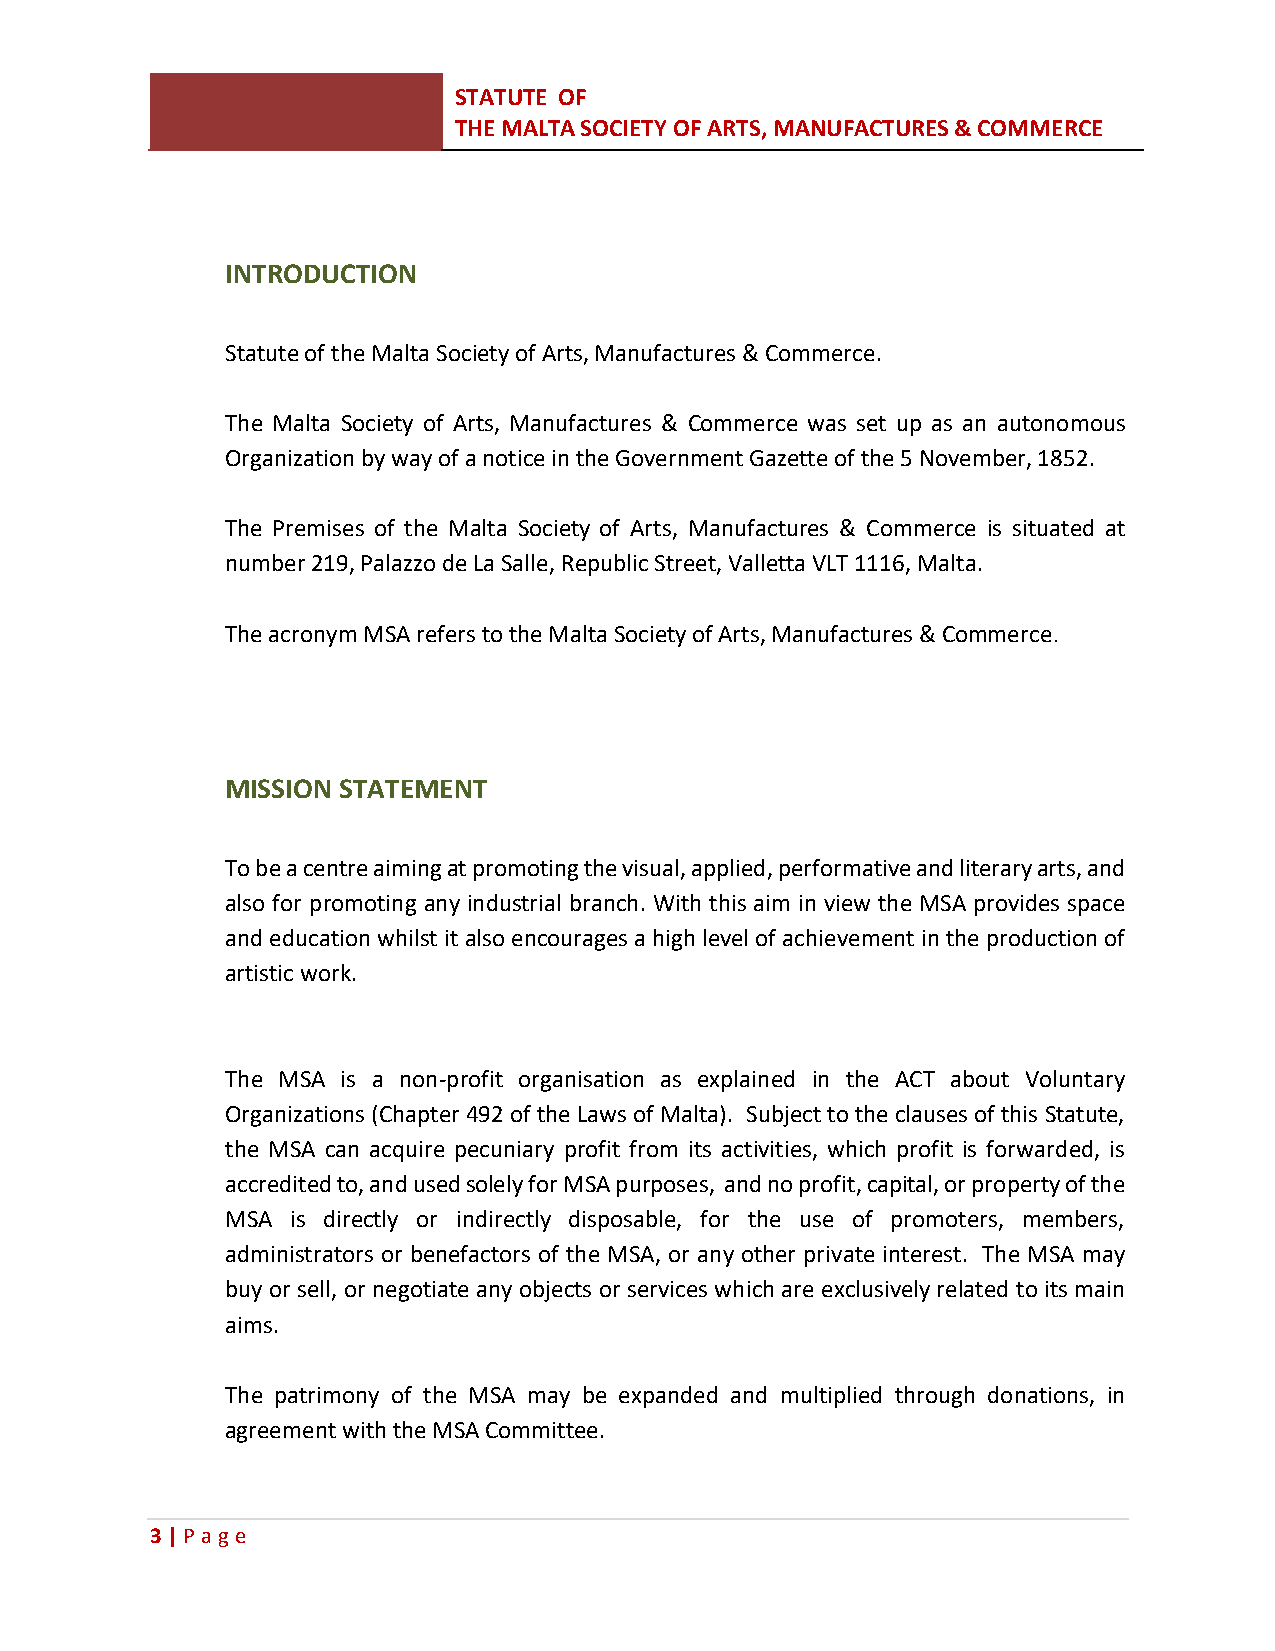
STATUTE OF
 THE MALTA SOCIETY OF ARTS, MANUFACTURES & COMMERCE
 INTRODUCTION
 Statute of the Malta Society of Arts, Manufactures & Commerce.
 The Malta Society of Arts, Manufactures & Commerce was set up as an autonomous
 Organization by way of a notice in the Government Gazette of the 5 November, 1852.
 The Premises of the Malta Society of Arts, Manufactures & Commerce is situated at
 number 219, Palazzo de La Salle, Republic Street, Valletta VLT 1116, Malta.
 The acronym MSA refers to the Malta Society of Arts, Manufactures & Commerce.
 MISSION STATEMENT
 To be a centre aiming at promoting the visual, applied, performative and literary arts, and
 also for promoting any industrial branch. With this aim in view the MSA provides space
 and education whilst it also encourages a high level of achievement in the production of
 artistic work.
 The MSA is a non-profit organisation as explained in the ACT about Voluntary
 Organizations (Chapter 492 of the Laws of Malta). Subject to the clauses of this Statute,
 the MSA can acquire pecuniary profit from its activities, which profit is forwarded, is
 accredited to, and used solely for MSA purposes, and no profit, capital, or property of the
 MSA is directly or indirectly disposable, for the use of promoters, members,
 administrators or benefactors of the MSA, or any other private interest. The MSA may
 buy or sell, or negotiate any objects or services which are exclusively related to its main
 aims.
 The patrimony of the MSA may be expanded and multiplied through donations, in
 agreement with the MSA Committee.
 3 | P age